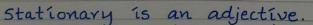
Stationary is an adjective.